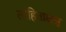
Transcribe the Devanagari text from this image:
लोहिताक्षश्च